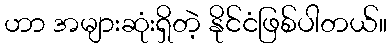
ဟာ အများဆုံးရှိတဲ့ နိုင်ငံဖြစ်ပါတယ်။